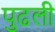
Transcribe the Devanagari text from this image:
पुढली